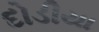
દોડીયા